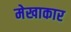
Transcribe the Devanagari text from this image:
मेखाकार